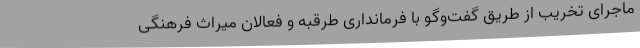
ماجرای تخریب از طریق گفت‌وگو با فرمانداری طرقبه و فعالان میراث فرهنگی